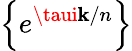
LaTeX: \left\{ e^{\taui\mathbf{k}/n}\right\}